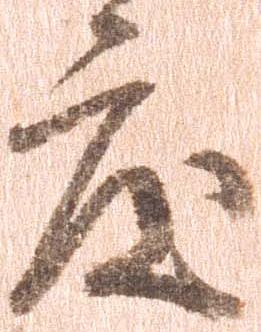
度